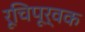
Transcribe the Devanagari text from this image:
रूचिपूर्वक